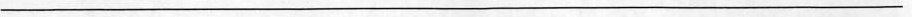
___